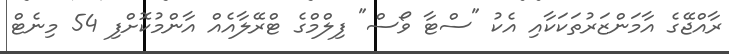
ރާއްޖޭގެ އާމަންޒަރުތަކަކާއި އެކު "ސްޓާ ވޯސް" ފިލްމްގެ ޓްރޭލާއެއް އާންމުކޮށްފި 54 މިނެޓް